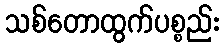
သစ်တောထွက်ပစ္စည်း